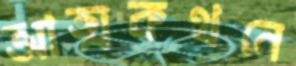
আত্মকথনে